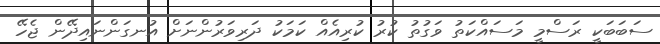
ސަބަބަކީ ރަސްމީ މަސައްކަތު ވަގުތު ކުރު ކުރިއެއް ކަމަކު ދަރިވަރުންނަށް އުނގަންނައިދޭން ޖެހޭ